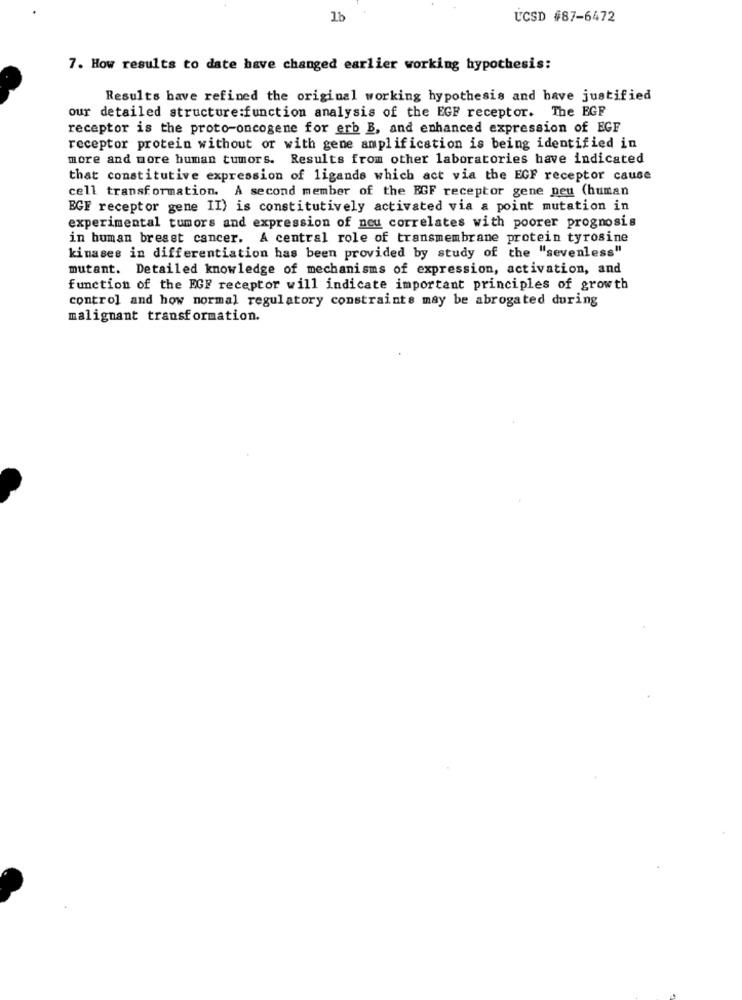
1b
UCSD #87-6472
7. How results to date have changed earlier working hypothesis:
Results bave refined the original working hypothesis and have justified
our detailed structure:function analysis of the EGF receptor. The EGF
receptor is the proto-oncogene for erb B, and enhanced expression of EGF
receptor protein without or with gene amplification is being identified in
more and more human tumors. Results from other laboratories have indicated
that constitutive expression of ligands which act via the EGF receptor cause
cell transformation. A second member of the EGF receptor gene peu (human
EGF receptor gene II) is constitutively activated via a point mutation in
experimental tumors and expression of neu correlates with poorer prognosis
in human breast cancer. A central role of transmembrane protein tyrosine
kinases in differentiation has been provided by study of the "sevenless"
mutant. Detailed knowledge of mechanisms of expression, activation, and
function of the EGF receptor will indicate important principles of growth
control and how normal regulatory constraints may be abrogated during
malignant transformation.